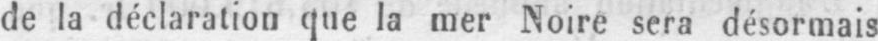
de la déclaration que la mer Noire sera désormais